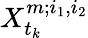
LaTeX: X_{t_{k}}^{m;i_{1},i_{2}}